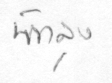
พัทลุง